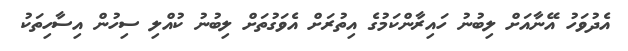
އެދުވަހު އޭނާއަށް ލިބުނު ހައިރާންކަމުގެ އިތުރަށް އެވަގުތަށް ލިބުނު ކުއްލި ސިހުން އިސާހިތަކު